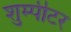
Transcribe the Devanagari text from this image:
शुम्पीटर